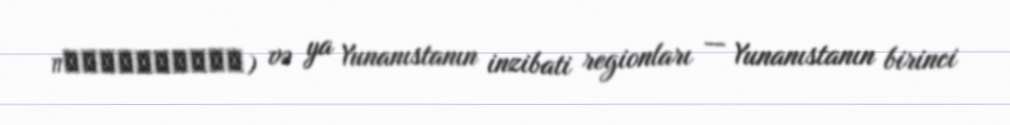
περιφέρειες) və ya Yunanıstanın inzibati regionları — Yunanıstanın birinci